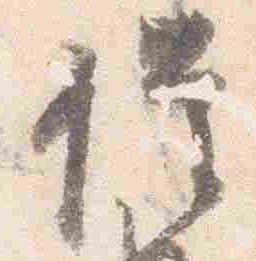
催